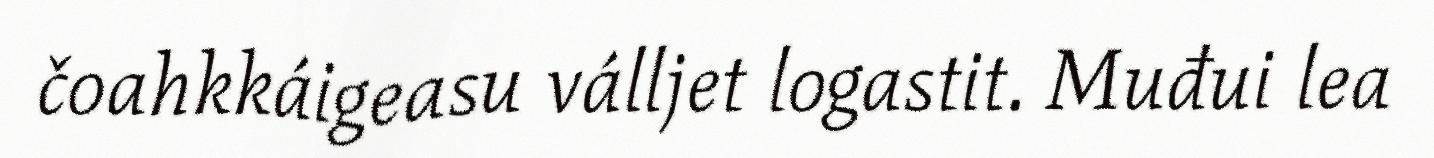
čoahkkáigeasu válljet logastit. Muđui lea